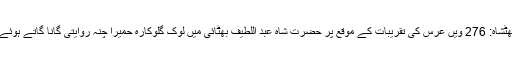
بھٹشاہ: 276 ویں عرس کی تقریبات کے موقع پر حضرت شاہ عبد اللطیف بھٹائی میں لوک گلوکارہ حمیرا چنہ روایتی گانا گاتے ہوئے۔